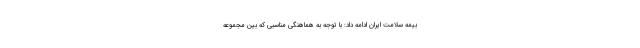
بیمه سلامت ایران ادامه داد: با توجه به هماهنگی مناسبی که بین مجموعه